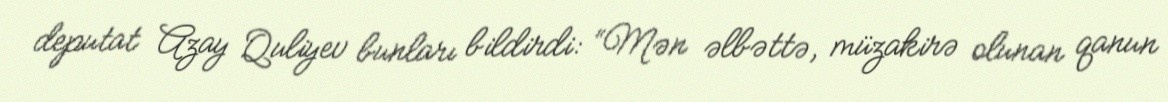
deputat Azay Quliyev bunları bildirdi: “Mən əlbəttə, müzakirə olunan qanun